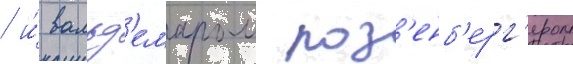
/ и́ вальд'емаром роз'енб'ерг'ером